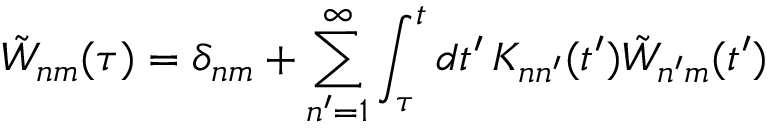
\tilde { W } _ { n m } ( \tau ) = \delta _ { n m } + \sum _ { n ^ { \prime } = 1 } ^ { \infty } \int _ { \tau } ^ { t } d t ^ { \prime } \, K _ { n n ^ { \prime } } ( t ^ { \prime } ) \tilde { W } _ { n ^ { \prime } m } ( t ^ { \prime } )